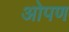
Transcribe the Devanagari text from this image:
ओपण